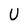
Character: U